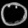
Digit: ၀